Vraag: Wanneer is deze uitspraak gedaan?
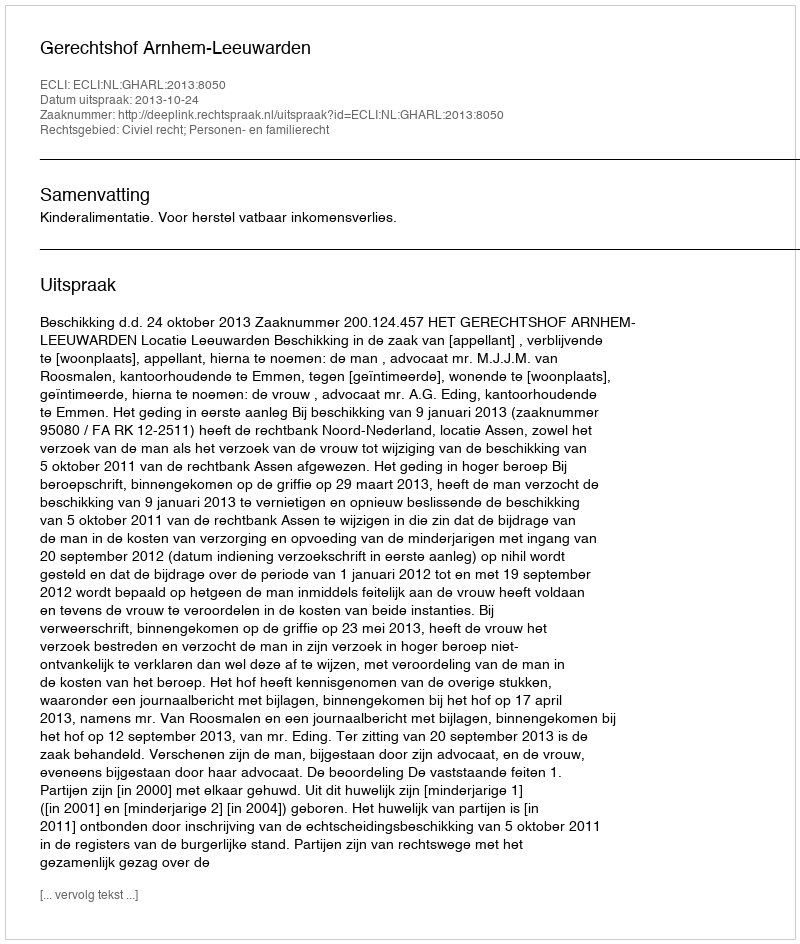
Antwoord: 2013-10-24